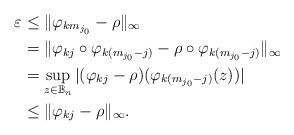
LaTeX: \begin{align*} \varepsilon &\leq \|\varphi_{km_{j_0}}-\rho\|_\infty\\ &=\|\varphi_{kj}\circ \varphi_{k(m_{j_0}-j)}-\rho\circ \varphi_{k(m_{j_0}-j)}\|_\infty\\&=\sup_{z\in \mathbb{B}_n}|(\varphi_{kj}-\rho)( \varphi_{k(m_{j_0}-j)}(z))|\\& \leq \|\varphi_{kj}-\rho\|_\infty. \end{align*}